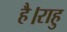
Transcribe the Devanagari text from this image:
है।राहु